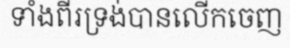
ទាំងពីរទ្រង់បានលើកចេញ